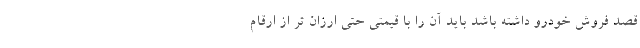
قصد فروش خودرو داشته باشد باید آن را با قیمتی حتی ارزان تر از ارقام